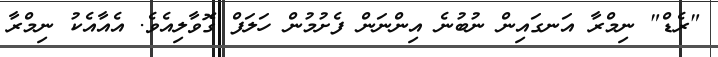
"ރެޑް" ނިމްރާ އަނގައިން ނުބުނެ އިންނަން ފެށުމުން ހަލަފް ގޮވާލިއެވެ. އެއާއެކު ނިމްރާ